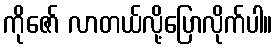
ကိုဇော် လာတယ်လို့ပြောလိုက်ပါ။